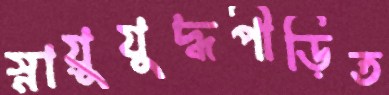
স্নায়ুযুদ্ধপীড়িত